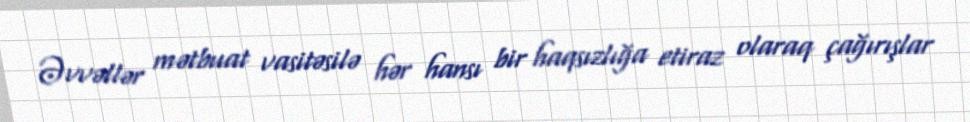
Əvvəllər mətbuat vasitəsilə hər hansı bir haqsızlığa etiraz olaraq çağırışlar